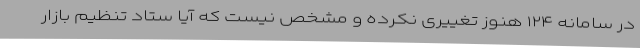
در سامانه ۱۲۴ هنوز تغییری نکرده و مشخص نیست که آیا ستاد تنظیم بازار